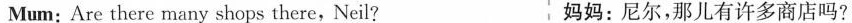
Mum: Are there many shops there,Neil? 妈妈：尼尔，那儿有许多商店吗？